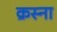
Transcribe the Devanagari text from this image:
क्रस्ना